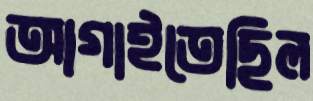
আগাইতেছিল